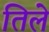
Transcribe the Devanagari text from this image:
तिले